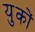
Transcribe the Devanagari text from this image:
युकों